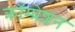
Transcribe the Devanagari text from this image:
क्रॉम्प्रेशन